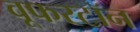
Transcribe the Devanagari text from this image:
वूफरटॉन